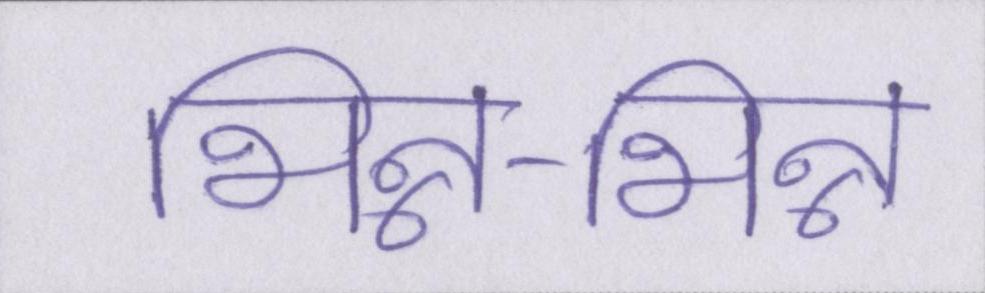
भिन्न-भिन्न